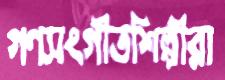
গণসংগীতশিল্পীরা